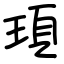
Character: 頊